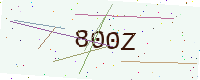
Text: 800Z